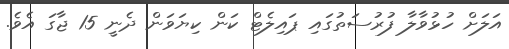
އަލަށް ހުޅުވާލާ ފުރުސަތުގައި ޕައިލެޓް ކަން ކިޔަވަން ދެނީ 15 ޖާގަ އެވެ.